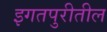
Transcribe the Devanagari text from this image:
इगतपुरीतील